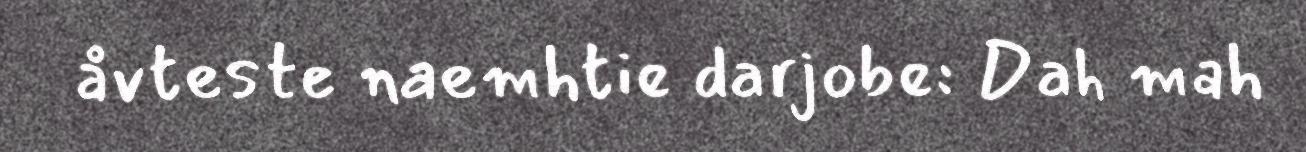
åvteste naemhtie darjobe: Dah mah